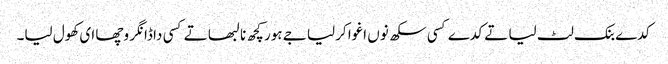
کدے بنک لٹ لیا تے کدے کسی سکھ نوں اغوا کرلیا جے ہور کچھ نا لبھا تے کسی دا ڈانگر وچھا ای کھول لیا۔